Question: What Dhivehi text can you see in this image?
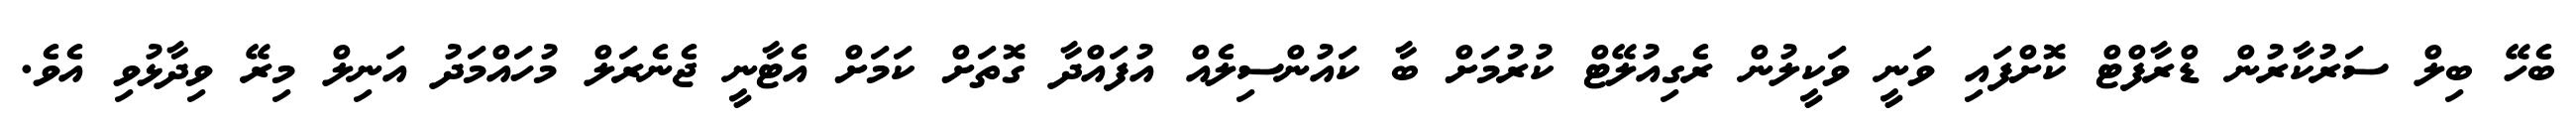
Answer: ބެހޭ ބިލް ސަރުކާރުން ޑްރާފްޓް ކޮށްފައި ވަނީ ވަކީލުން ރެގިއުލޭޓް ކުރުމަށް ބާ ކައުންސިލެއް އުފައްދާ ގޮތަށް ކަމަށް އެޓާނީ ޖެނެރަލް މުހައްމަދު އަނިލް މިރޭ ވިދާޅުވި އެވެ.